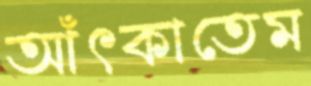
আঁৎকাতেম